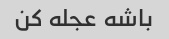
باشه عجله کن